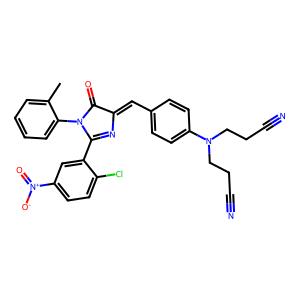
SMILES: Cc1ccccc1N1C(=O)C(=Cc2ccc(N(CCC#N)CCC#N)cc2)N=C1c1cc([N+](=O)[O-])ccc1Cl
Inhibits HIV replication: No